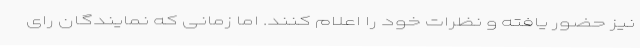
نیز حضور یافته و نظرات خود را اعلام کنند. اما زمانی که نمایندگان رای